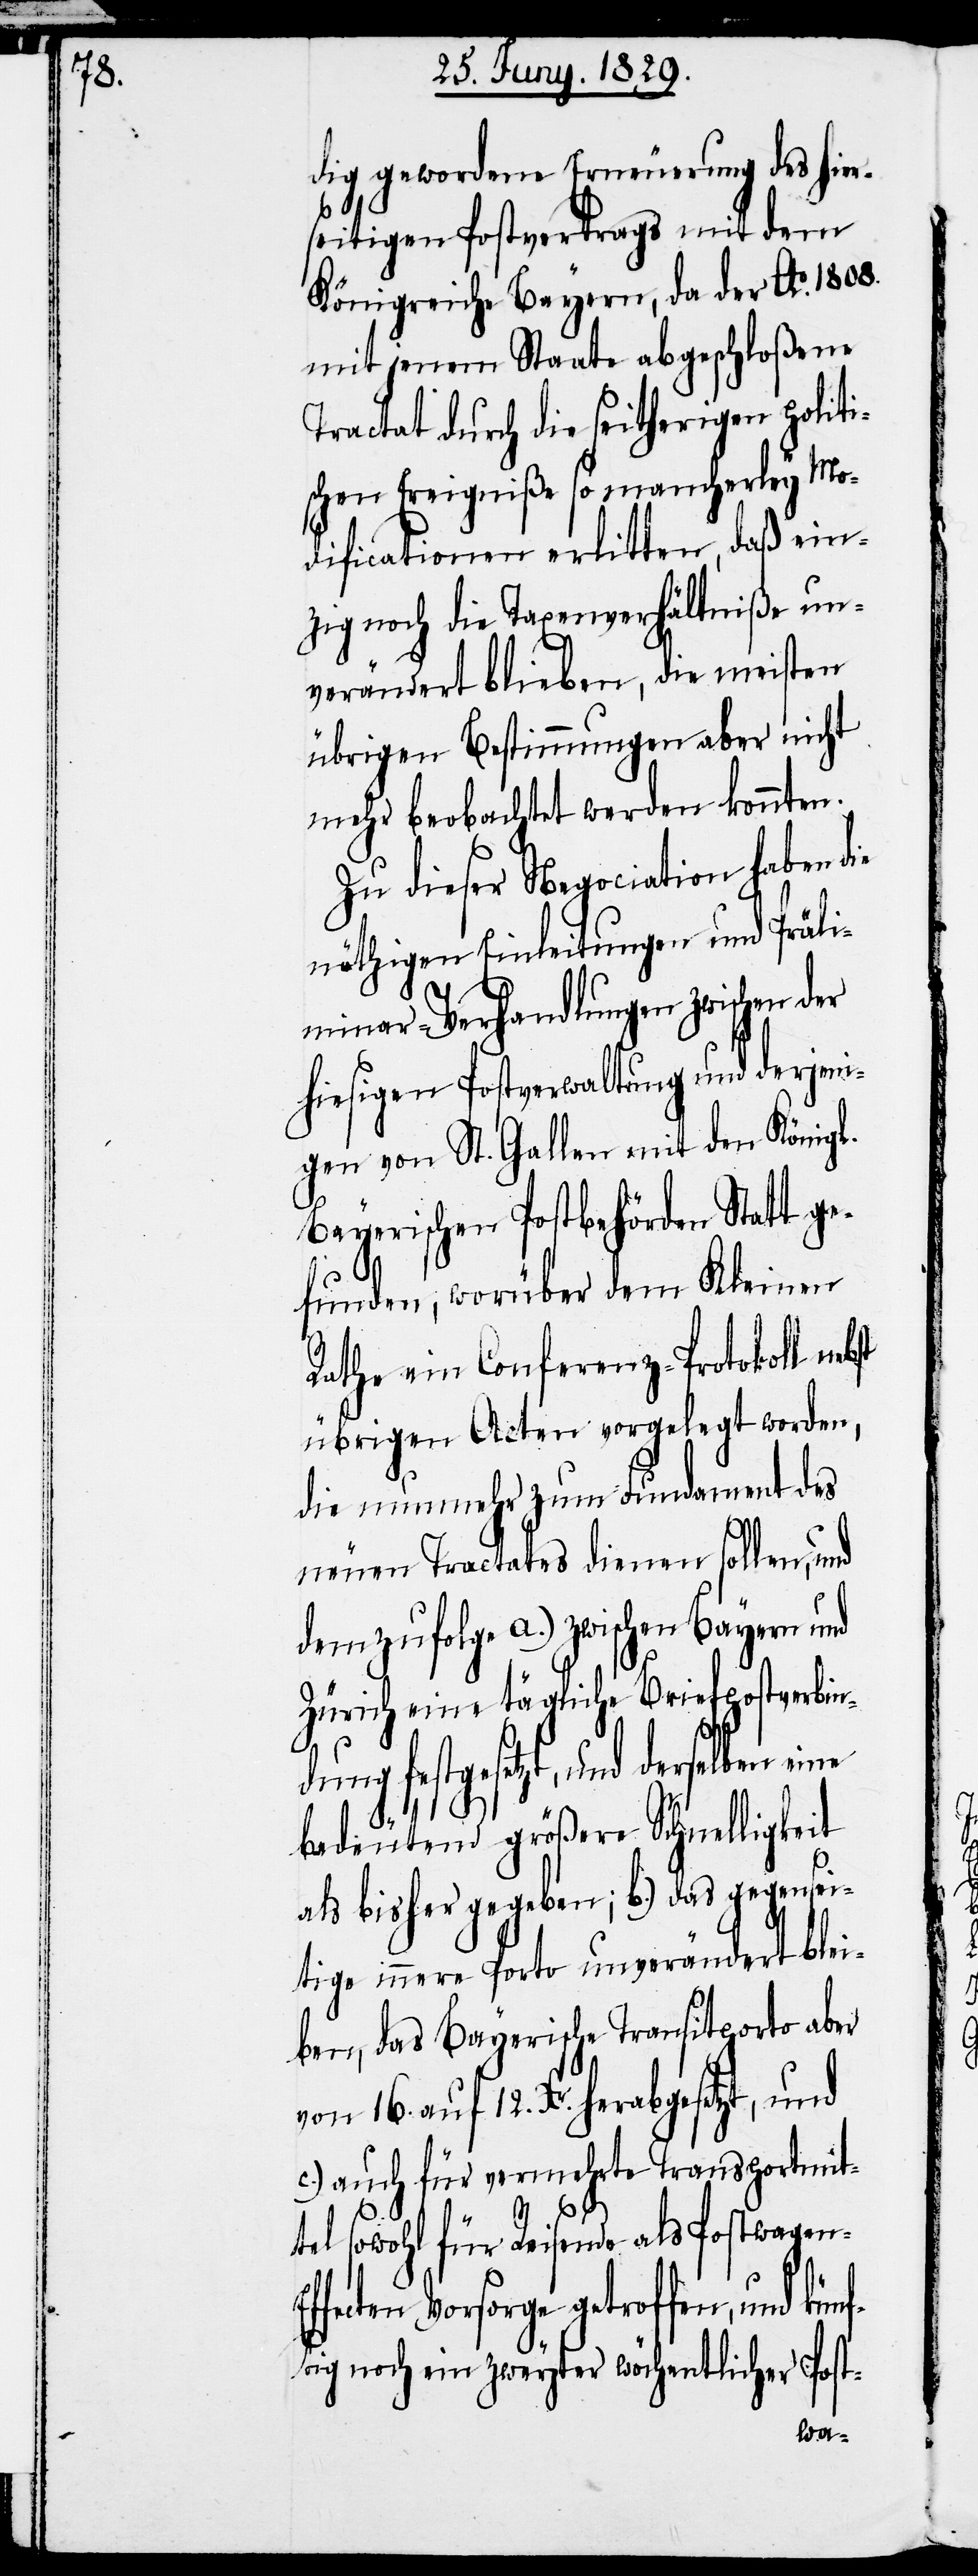
kün¬

dig gewordene Erneuerung des hier¬
seitigen Postvertrags mit dem
Königreiche Bayern, da der Ao. 1808.
mit jenem Staate abgeschloßene
Tractat durch die seitherigen politi¬
schen Ereigniße so mancherley Mo¬
dificationen erlitten, daß ein¬
zig noch die Taxenverhältniße un¬
verändert blieben, die meisten
übrigen Bestimmungen aber nicht
mehr beobachtet werden konnten.
Zu dieser Negociation haben die
nöthigen Einleitungen und Präli¬
minar-Verhandlungen zwischen
hiesigen Postverwaltung und derjeni¬
gen von St. Gallen mit den Königl.
Bayerischen Postbehörden Statt ge¬
funden, worüber dem Kleine
Rathe ein Conferenz-Protokoll nebst
übrigen Acten vorgelegt worden,
die nunmehr zum Fundament des
neuen Tractates dienen sollen, und
demzufolge a.) zwischen Bayern und
Zürich eine tägliche Briefpostverbin¬
dung festgesetzt, und derselben eine
bedeutend größere Schnelligkeit
als bisher gegeben; b.) das gegensei¬
tige innere Porto unverändert blei¬
ben, das Bayerische Transitporto aber
von 16. auf 12. Xr. herabgesetzt, und
c.) auch für vermehrte Transportmit¬
tel sowohl für Reisende als Postwage¬
fecten Vorsorge getroffen, und
ftig noch ein zweyter wöchentlicher Post-